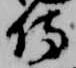
侍